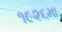
૧૯૨૬મા